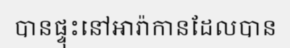
បានផ្ទុះនៅអារ៉ាកានដែលបាន